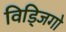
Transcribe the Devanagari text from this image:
विड्जिगो